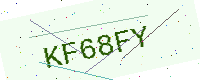
Text: KF68FY